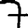
Digit: 7